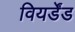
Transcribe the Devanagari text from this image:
वियर्डेंड